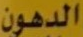
الدهون